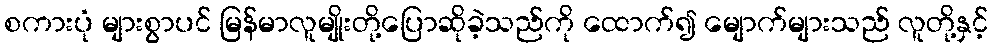
စကားပုံ များစွာပင် မြန်မာလူမျိုးတို့ပြောဆိုခဲ့သည်ကို ထောက်၍ မျောက်များသည် လူတို့နှင့်